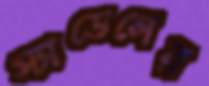
স্যাডেলের